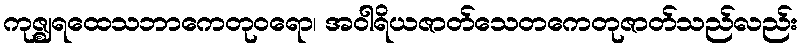
ကုဇ္ဈရထေသဘာကေတုဝရော၊ အဝါရိယဇာတ်သေတကေတုဇာတ်သည်လည်း